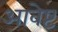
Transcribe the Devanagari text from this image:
आवेष्ट